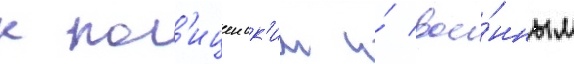
к пол'ицеиск'им и́ вое́нным